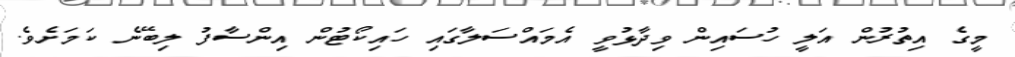
މީގެ އިތުރުން އަލީ ހުސައިން ވިދާޅުވީ އެމައްސަލާގައި ހައިކޯޓުން އިންސާފު ލިބޭނެ ކަމަށެވެ.